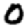
Digit: 0